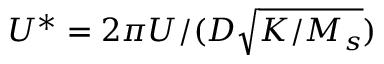
U ^ { * } = 2 \pi U / ( D \sqrt { K / M _ { s } } )